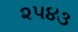
૨૫૪૩